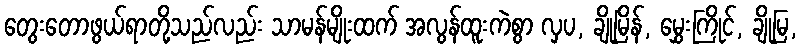
တွေးတောဖွယ်ရာတို့သည်လည်း သာမန်မျိုးထက် အလွန်ထူးကဲစွာ လှပ, ချိုမြိန်, မွှေးကြိုင်, ချိုမြ,